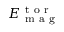
E _ { \mathrm { ~ m ~ a ~ g ~ } } ^ { \mathrm { ~ t ~ o ~ r ~ } }